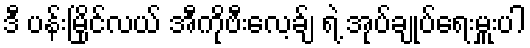
ဒီ ပန်းမြိုင်လယ် အီကိုဗီးလေ့ခ်ျ ရဲ့ အုပ်ချုပ်ရေးမှူးပါ